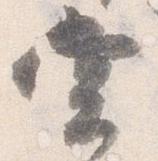
堂